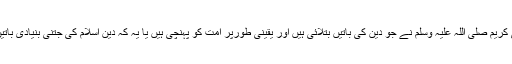
’ یا یہ کہا جائے کہ ‘نبی کریم صلی اللہ علیہ وسلم نے جو دین کی باتیں بتلائی ہیں اور یقینی طورپر امت کو پہنچی ہیں یا یہ کہ دین اسلام کی جتنی بنیادی باتیں ہیں، ان پر ایمان لائے۔